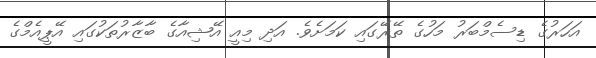
އަހަރުގެ ޑިސެމްބަރު މަހުގެ ތޭރޭގައި ކަމަށެވެ. އަދި މިއީ އޭޝިއާގެ ބާޒާރުތަކުގައި އޭޕީއެމްގެ